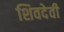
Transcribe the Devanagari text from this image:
शिवदेवी